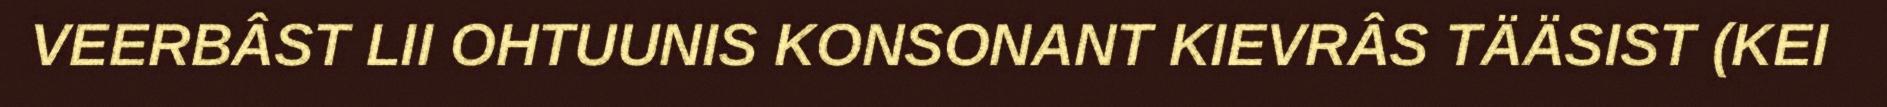
VEERBÂST LII OHTUUNIS KONSONANT KIEVRÂS TÄÄSIST (KEI